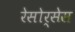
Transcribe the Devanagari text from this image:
रेसोर्सेस